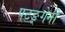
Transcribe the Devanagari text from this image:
पटङ्गेनी